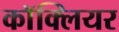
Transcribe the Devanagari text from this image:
काॅक्लियर